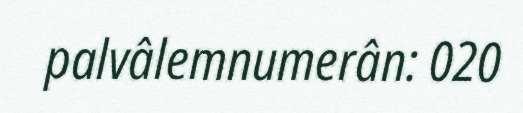
palvâlemnumerân: 020